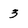
Character: 3